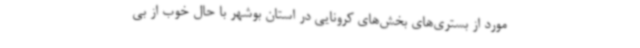
مورد از بستری‌های بخش‌های کرونایی در استان بوشهر با حال خوب از بی